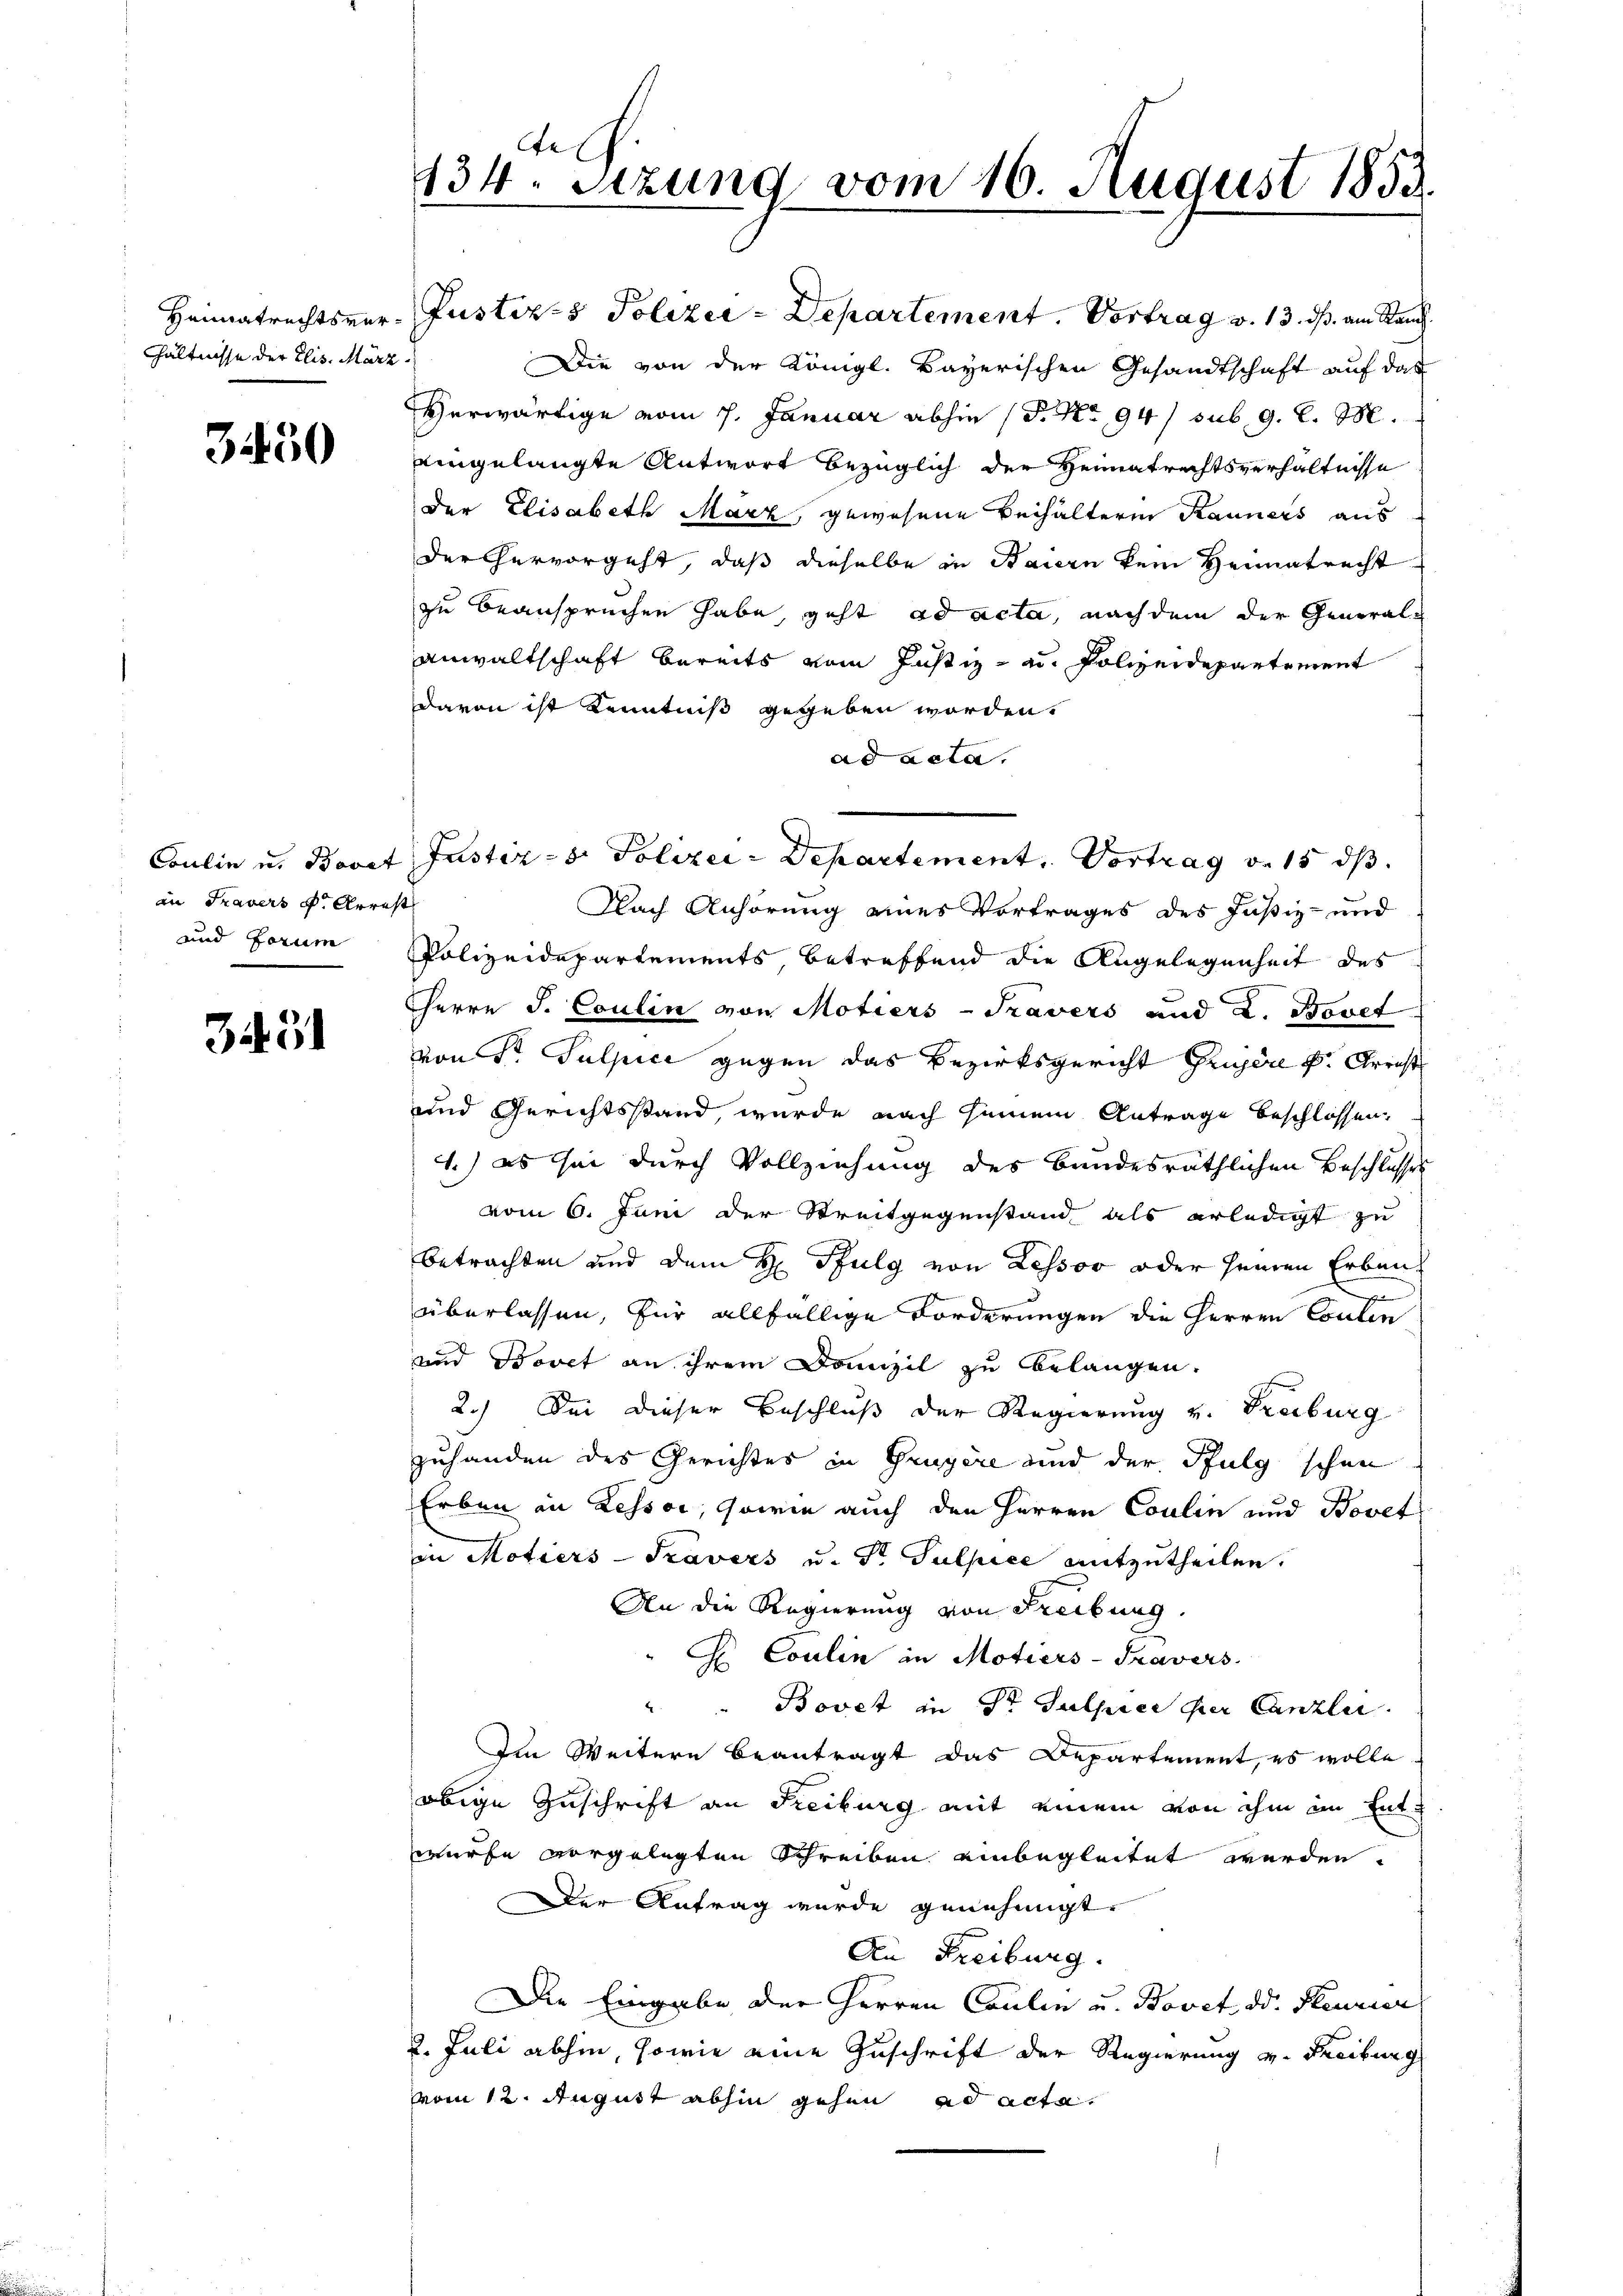
hältnisse der Elis. März

3450

an Travers f. Arrest
und Forum

3451

fe
134. Sezung vom 16. August 1853.

Heimatrechtsver-Justiz- & Polizei-Departement. Vortrag v. 13. dß am Rauch
Die von der Königl. Bayerischen Gesandtschaft auf das
Herwärtige vom 7. Januar abhin (S. Nr. 94 / sub. 9. l. M.
eingelangte Antwort bezüglich der Heimatrechtsverhältnisse
der Elisabeth Marz, gewesene Beihalterin Rauners aus
der hervorgeht, daß dieselbe in Baiern kein Heimatrecht
zu beanspruchen habe, geht ad acta, nachdem der General¬
Anwaltschaft bereits vom Justiz- u. Polizeidepartement
davon ist Kenntniß gegeben worden,
ad acta.
Coulin u. Bovet Justiz- & Polizei-Departement. Vortrag v. 15 d
Nach Anhörung eines Vortrages des Justiz- und
Polizeidepartements, betreffend die Angelegenheit des
Herrn J. Coulin von Motiers-Travers und 2. Bovet
von Sr. Sulpice gegen das Bezirksgericht Grusen k. Kreist
und Gerichtsstand, wurde nach seinem Antrage beschlossen,
1.) es sei durch Vollziehung des Bundesräthlichen Beschlusses
vom 6. Juni der Streitgegenstand als erledigt zu
betrachten und dem H Pfulg von Lessor oder seinen Erbauen
überlassen, für allfällige Forderungen die Herren Coulin
und Bovet an ihrem Domizil zu belangen.
2.) Sei dieser Beschluß der Regierung v. Freiburg
zuhanden des Gerichtes in Gruyère und der Pfulg schon
Erben in Zessor, sowie auch den Herren Coulin und Bovet
in Motiers-Travers u. Dr Sulpice mitzutheilen.
An die Regierung von Freibung.
" G. Coulin in Motiers-Travers.
" Bovet in Dr Sulpier per Canzler.
Ien Weitern beantragt das Departement, es wolle
obige Zuschrift an Freiburg mit einem von ihm im Entwürfe vorgelegten Schreiben einbegleitet werden.
Der Antrag wurde genehmigt.
An Freiburg.
Die Eingabe der Herren Coulin u. Bovet od. Heurier
2. Juli abhin, sowie eine Zuschrift der Regierung v. Freiburg
von 12. August abhin gehen ad acta